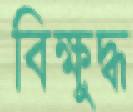
বিক্ষুদ্ধ